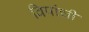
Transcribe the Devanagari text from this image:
विपांची